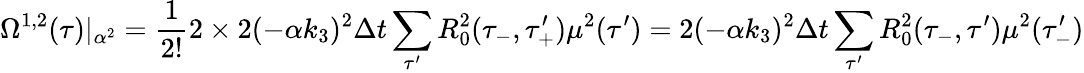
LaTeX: \Omega^{1,2}(\tau)|_{\alpha^{2}}=\frac{1}{2!}2\times 2(-\alpha k_{3})^{2}\Delta t\sum_{\tau^{\prime}}R_{0}^{2}(\tau_{-},\tau_{+}^{\prime})\mu^{2}(\tau^{\prime})=2(-\alpha k_{3})^{2}\Delta t\sum_{\tau^{\prime}}R_{0}^{2}(\tau_{-},\tau^{\prime})\mu^{2}(\tau_{-}^{\prime})